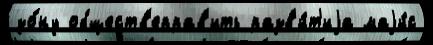
зо́ну обществ'еправ'ить разв'и́т'иjа маjи́с